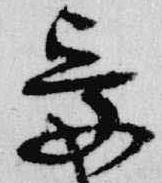
受